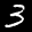
Label: 3